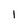
Character: 1